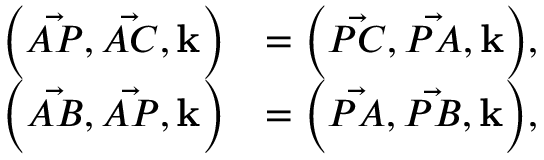
{ \begin{array} { r l } { { \Bigl ( } { \vec { A P } } , { \vec { A C } } , \mathbf { k } { \Bigr ) } } & { = { \Bigl ( } { \vec { P C } } , { \vec { P A } } , \mathbf { k } { \Bigr ) } , } \\ { { \Bigl ( } { \vec { A B } } , { \vec { A P } } , \mathbf { k } { \Bigr ) } } & { = { \Bigl ( } { \vec { P A } } , { \vec { P B } } , \mathbf { k } { \Bigr ) } , } \end{array} }